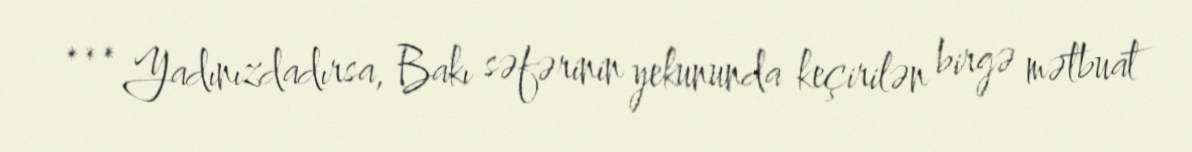
*** Yadınızdadırsa, Bakı səfərinin yekununda keçirilən birgə mətbuat